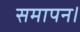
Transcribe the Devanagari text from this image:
समापन।